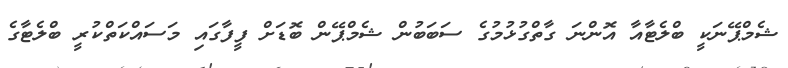
ޝެމްޕޭނަކީ ބްލެޓާއާ އޮންނަ ގާތްގުޅުމުގެ ސަބަބުން ޝެމްޕޭން ބޮޑަށް ފީފާގައި މަސައްކަތްކުރީ ބްލެޓާގެ